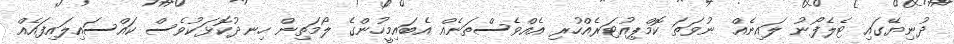
ދުނިޔޭގައި ޓެލެފޯނު ލައިނެއް ނުވަތަ ކޮމްޕިއުޓަރެއްހުރި އެއްވެސްތަނެއް އެބައިމީހުންގެ ލޯމަތިން ހިނދުކޮޅަކުވެސް ކައްސައިލައިފައެއް